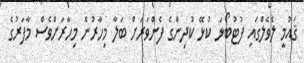
ޤައުމީ ލެވެލްގައި ފުޓުބޯޅަ ކުޅޭ ކުދިންގެ ފެންވަރަށް ބަލާ މިހާރުން މިހާރަށްވެސް މާފަރުގެ